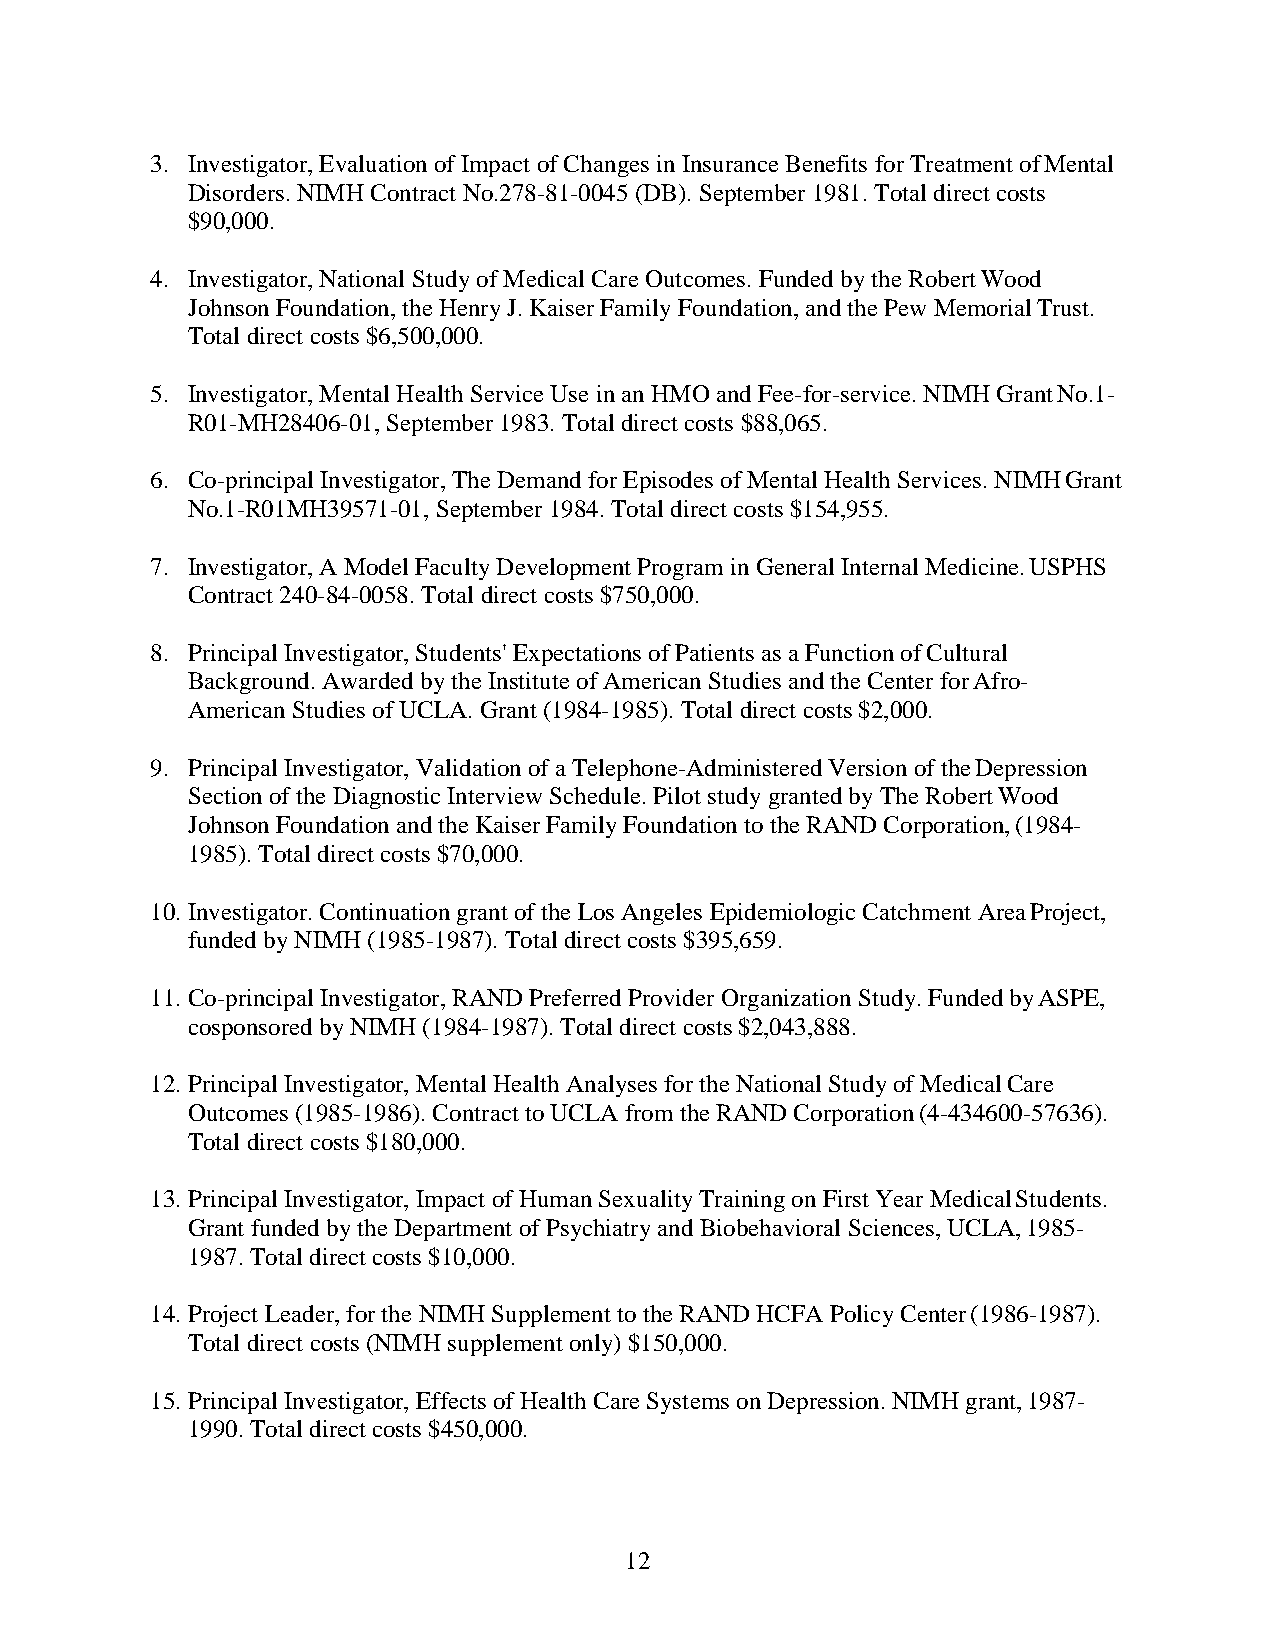
3. Investigator, Evaluation of Impact of Changes in Insurance Benefits for Treatment of Mental
 Disorders. NIMH Contract No.278-81-0045 (DB). September 1981. Total direct costs
 $90,000.
 4. Investigator, National Study of Medical Care Outcomes. Funded by the Robert Wood
 Johnson Foundation, the Henry J. Kaiser Family Foundation, and the Pew Memorial Trust.
 Total direct costs $6,500,000.
 5. Investigator, Mental Health Service Use in an HMO and Fee-for-service. NIMH Grant No.1-
 R01-MH28406-01, September 1983. Total direct costs $88,065.
 6. Co-principal Investigator, The Demand for Episodes of Mental Health Services. NIMH Grant
 No.1-R01MH39571-01, September 1984. Total direct costs $154,955.
 7. Investigator, A Model Faculty Development Program in General Internal Medicine. USPHS
 Contract 240-84-0058. Total direct costs $750,000.
 8. Principal Investigator, Students' Expectations of Patients as a Function of Cultural
 Background. Awarded by the Institute of American Studies and the Center for Afro-
 American Studies of UCLA. Grant (1984-1985). Total direct costs $2,000.
 9. Principal Investigator, Validation of a Telephone-Administered Version of the Depression
 Section of the Diagnostic Interview Schedule. Pilot study granted by The Robert Wood
 Johnson Foundation and the Kaiser Family Foundation to the RAND Corporation, (1984-
 1985). Total direct costs $70,000.
 10. Investigator. Continuation grant of the Los Angeles Epidemiologic Catchment Area Project,
 funded by NIMH (1985-1987). Total direct costs $395,659.
 11. Co-principal Investigator, RAND Preferred Provider Organization Study. Funded by ASPE,
 cosponsored by NIMH (1984-1987). Total direct costs $2,043,888.
 12. Principal Investigator, Mental Health Analyses for the National Study of Medical Care
 Outcomes (1985-1986). Contract to UCLA from the RAND Corporation (4-434600-57636).
 Total direct costs $180,000.
 13. Principal Investigator, Impact of Human Sexuality Training on First Year Medical Students.
 Grant funded by the Department of Psychiatry and Biobehavioral Sciences, UCLA, 1985-
 1987. Total direct costs $10,000.
 14. Project Leader, for the NIMH Supplement to the RAND HCFA Policy Center (1986-1987).
 Total direct costs (NIMH supplement only) $150,000.
 15. Principal Investigator, Effects of Health Care Systems on Depression. NIMH grant, 1987-
 1990. Total direct costs $450,000.
 12